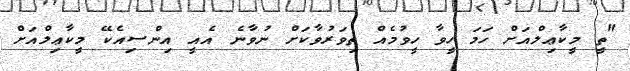
"ތީ މީކާޢިލްއަށް ހަމަ ހީވާ ހީވުމެއް ތިވަރުވާކަށް ނުވާނެ އެއީ އިންސިއެކޭ މީކާޢިލްއަށް